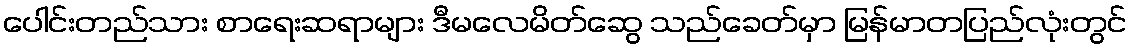
ပေါင်းတည်သား စာရေးဆရာများ ဒီမလေမိတ်ဆွေ သည်ခေတ်မှာ မြန်မာတပြည်လုံးတွင်